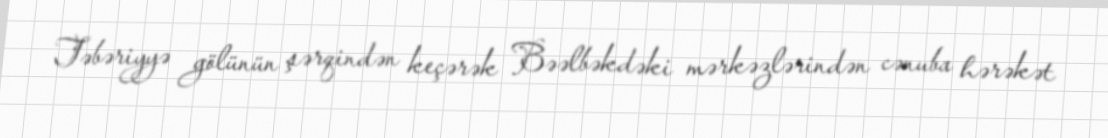
Təbəriyyə gölünün şərqindən keçərək Bəəlbəkdəki mərkəzlərindən cənuba hərəkət